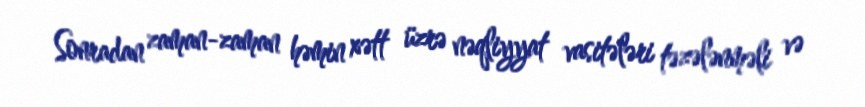
Sonradan zaman-zaman həmin xətt üzrə nəqliyyat vasitələri təzələnməli və